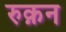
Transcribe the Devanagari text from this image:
रुक़न